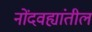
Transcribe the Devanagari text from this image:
नोंदवह्यांतील